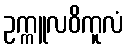
ဥက္ကူလဝိကူလံ